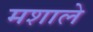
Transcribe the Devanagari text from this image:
मशाले